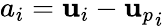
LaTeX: a_{i}=\mathbf{u}_{i}-{\mathbf{u}_{p}}_{i}